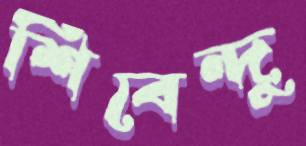
শিবেন্দু